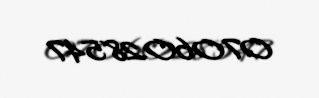
0706028547